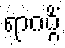
ရာဂဂ္ဂိံ